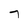
Character: 7